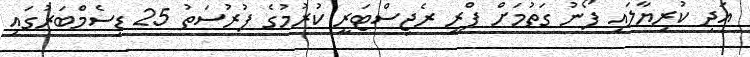
އަދި ކުރިޔާލައި ފޯނު ގަތުމަށް ޕްރީ ރެޖިސްޓަރީ ކުރުމުގެ ފުރުސަތު 25 ޑިސެމްބަރުގައި